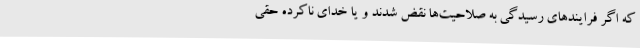
که اگر فرایندهای رسیدگی به صلاحیت‌ها نقض شدند و یا خدای ناکرده حقی